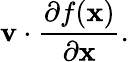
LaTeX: \mathbf{v}\cdot{\frac{\partial f(\mathbf{x})}{\partial\mathbf{x}}}.